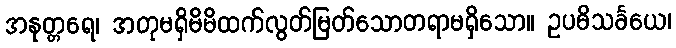
အနုတ္တရေ၊ အတုမရှိမိမိထက်လွတ်မြတ်သောတရာမရှိသော။ ဥပဓိသင်္ခယေ၊